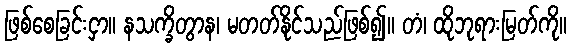
ဖြစ်စေခြင်းငှာ။ နသက္ခိတွာန၊ မတတ်နိုင်သည်ဖြစ်၍။ တံ၊ ထိုဘုရားမြတ်ကို။